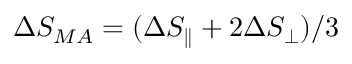
\Delta S _ { M A } = ( \Delta S _ { \parallel } + 2 \Delta S _ { \perp } ) / 3